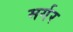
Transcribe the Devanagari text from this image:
मर्गर